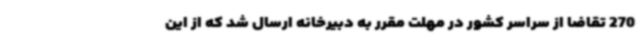
270 تقاضا از سراسر کشور در مهلت مقرر به دبیرخانه ارسال شد که از این